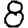
Digit: 8